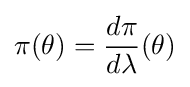
\pi (\theta )={\frac {d\pi }{d\lambda }}(\theta )